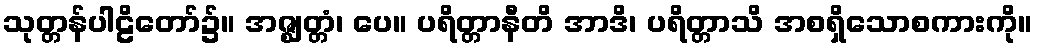
သုတ္တန်ပါဠိတော်၌။ အဇ္ဈတ္တံ၊ ပေ။ ပရိတ္တာနီတိ အာဒိ၊ ပရိတ္တာသိ အစရှိသောစကားကို။